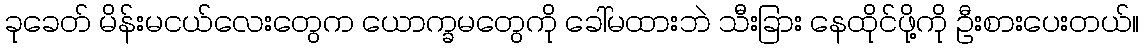
ခုခေတ် မိန်းမငယ်လေးတွေက ယောက္ခမတွေကို ခေါ်မထားဘဲ သီးခြား နေထိုင်ဖို့ကို ဦးစားပေးတယ်။